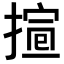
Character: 𢱱